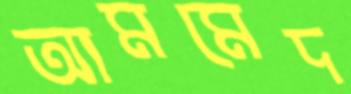
আমমেদ